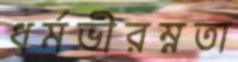
ধর্মভীরম্নতা